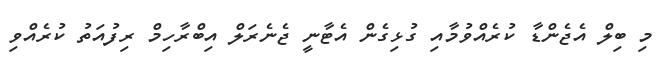
މި ބިލް އެޖެންޑާ ކުރެއްވުމާއި ގުޅިގެން އެޓާނީ ޖެނެރަލް އިބްރާހިމް ރިފުއަތު ކުރެއްވި